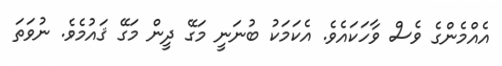
އެއްމެންގެ ވެސް ވާހަކައެވެ. އެކަމަކު ބުނަނީ މަގޭ ދީން މަގޭ ޤައުމެވެ. ނުވަތަ